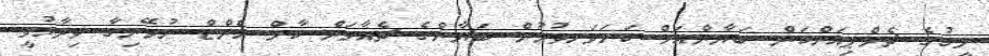
ލީގުގެ ޗެމްޕިއަންކަން ބަޔާންއަށް ކަށަވަރވުމުން ބަޔާންގެ ޗެއާމަން ކާލް ހެންޒް ރުމޭނިގާ ވިދާޅުވީ